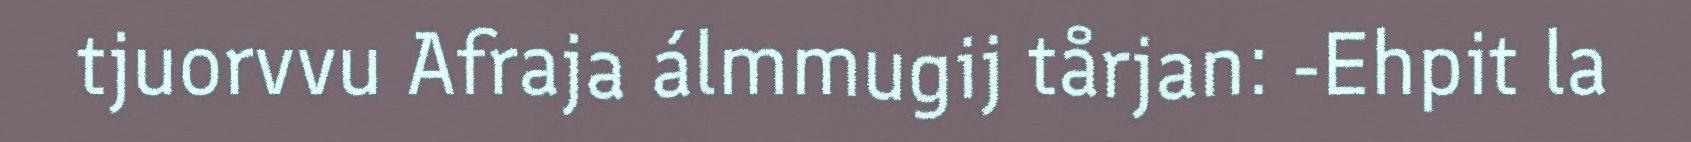
tjuorvvu Afraja álmmugij tårjan: -Ehpit la